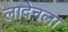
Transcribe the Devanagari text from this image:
लादेनला